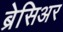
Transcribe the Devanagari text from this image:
ब्रेसिअर